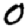
Digit: 0